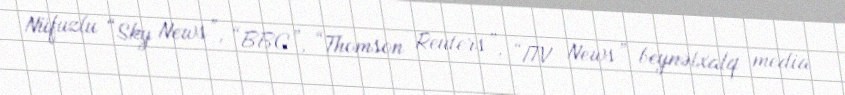
Nüfuzlu “Sky News”, “BBC”, “Thomson Reuters”, “ITV News” beynəlxalq media